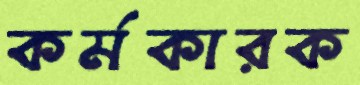
কর্মকারক